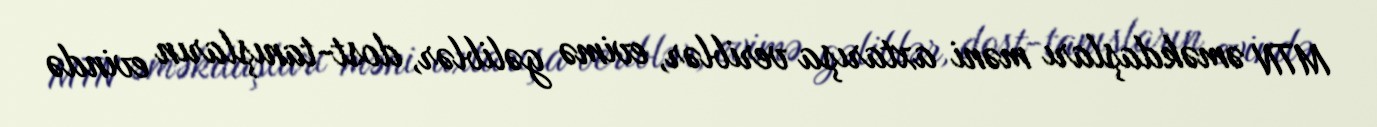
MTN əməkdaşları məni axtarışa veriblər, evimə gəliblər, dost-tanışların evində